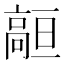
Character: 𱅻